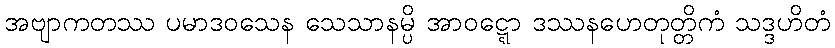
အဗျာကတဿ ပမာဒဝသေန သေသာနမ္ပိ အာဝဋ္ဋော ဒဿနဟေတုတ္တိကံ သဒ္ဒဟိတံ